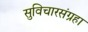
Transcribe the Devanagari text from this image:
सुविचारसंग्रहा